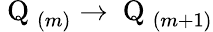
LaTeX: \mathrm{~Q~}_{(m)}\to\mathrm{~Q~}_{(m+1)}